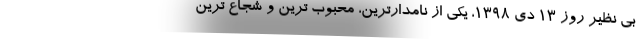
بی نظیر روز 13 دی 1398، یکی از نامدارترین، محبوب ترین و شجاع ترین